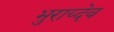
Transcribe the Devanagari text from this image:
भुराय्देव